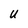
Character: U